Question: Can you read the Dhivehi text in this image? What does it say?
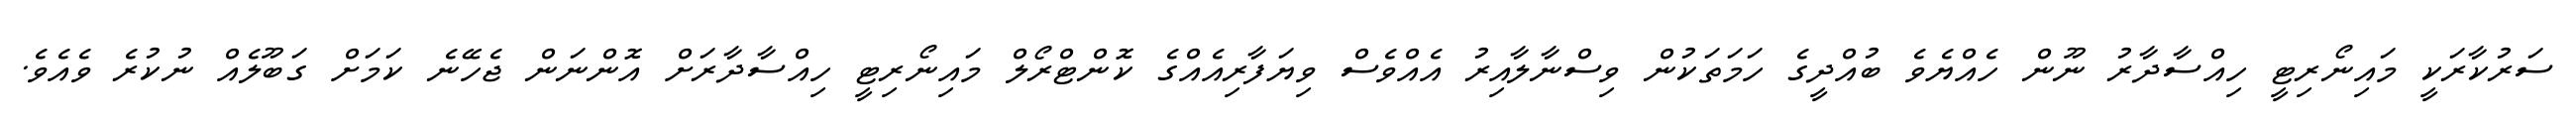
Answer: ސަރުކާރަކީ މައިނޯރިޓީ ހިއްސާދާރު ނޫން ހެއްޔެވެ ބުއްދީގެ ހަމަތަކުން ވިސްނާލާއިރު އެއްވެސް ވިޔަފާރިއެއްގެ ކޮންޓްރޯލް މައިނޯރިޓީ ހިއްސާދާރަށް އޮންނަން ޖެހޭނެ ކަމަށް ގަބޫލެއް ނުކުރެ ވެއެވެ.